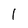
Character: 1